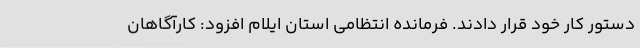
دستور کار خود قرار دادند. فرمانده انتظامی استان ایلام افزود: کارآگاهان